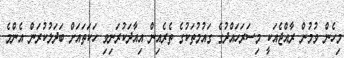
މިހެން ވުމުން ރާއްޖެއަކީ މިސަރަހައްދުގެ ގައުމުތަކުގެ ތެރެއިން އިއާދަކުރަނިވި ހަކަތައަށް ބަދަލުކުރަން އެންމެ